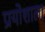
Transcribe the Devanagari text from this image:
प्रयोशाला